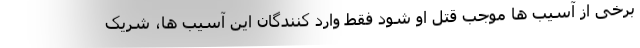
برخی از آسیب ها موجب قتل او شود فقط وارد کنندگان این آسیب ها، شریک